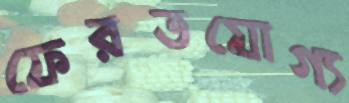
ফেরতযোগ্য